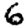
Digit: 6